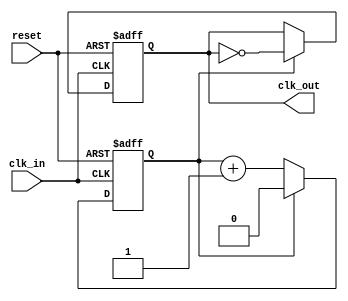
module ClockDivider #(parameter DIV_FACTOR = 2) (
    input wire clk_in,     // Input clock
    input wire reset,      // Asynchronous reset
    output reg clk_out     // Output divided clock
);

    // Internal counter
    reg [$clog2(DIV_FACTOR)-1:0] counter; // Counter width determined by DIV_FACTOR

    // Always block triggered on the rising edge of clk_in or reset
    always @(posedge clk_in or posedge reset) begin
        if (reset) begin
            counter <= 0;          // Reset counter to 0
            clk_out <= 0;         // Reset output clock to 0
        end else begin
            if (counter == (DIV_FACTOR - 1)) begin
                counter <= 0;      // Reset counter
                clk_out <= ~clk_out; // Toggle output clock
            end else begin
                counter <= counter + 1; // Increment counter
            end
        end
    end

endmodule